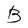
Character: B